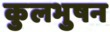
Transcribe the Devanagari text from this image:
कुलभुषन